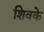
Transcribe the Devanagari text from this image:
शिवके